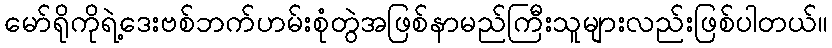
မော်ရိုကိုရဲ့ဒေးဗစ်ဘက်ဟမ်းစုံတွဲအဖြစ်နာမည်ကြီးသူများလည်းဖြစ်ပါတယ်။